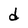
Character: d